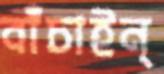
বাঁচাইন্